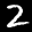
Label: 2